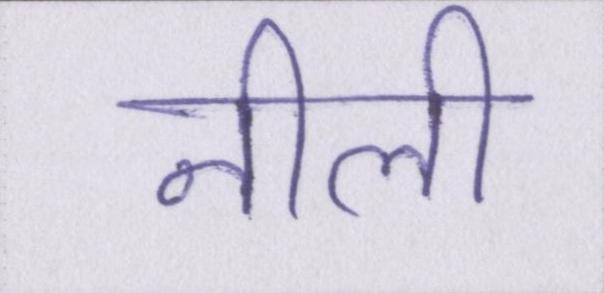
नीली